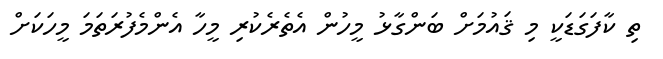
ތި ކާފަގަޑަކީ މި ޤައުމަށް ބަންގާޅު މީހުންް އެތެރެކުރި މީހާ އެންމެފުރަތަމަ މީހަކަށް